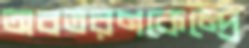
অবতরণকেন্দ্রে